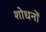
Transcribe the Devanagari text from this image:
शोधनों